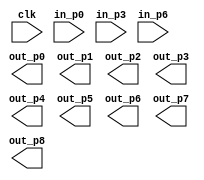
module WINDOW_BUFFER(
    clk,
    in_p0, in_p3, in_p6,
    out_p0, out_p1, out_p2, out_p3, out_p4, out_p5, out_p6, out_p7, out_p8
);

input clk;
input [23:0] in_p0, in_p3, in_p6;
output [23:0] out_p0, out_p1, out_p2, out_p3, out_p4, out_p5, out_p6, out_p7, out_p8;
/* TODO: FIX
always @(posedge clk) begin
	for(int i = 0; i < 3; i = i + 1) begin
		 for(int j = 0; j < 2; j = j + 1) begin
			  p[i][j+1] <= p[i][j];
		 end
		 p[i][0] <= wire_in_p[i];
	end
end
*/
endmodule